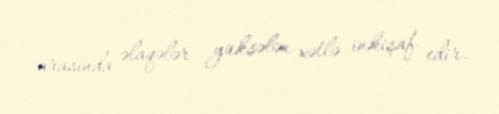
arasında əlaqələr yüksələn xətlə inkişaf edir.